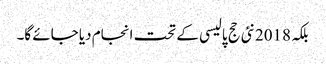
بلکہ 2018نئی حج پالیسی کے تحت انجام دیا جائے گا۔